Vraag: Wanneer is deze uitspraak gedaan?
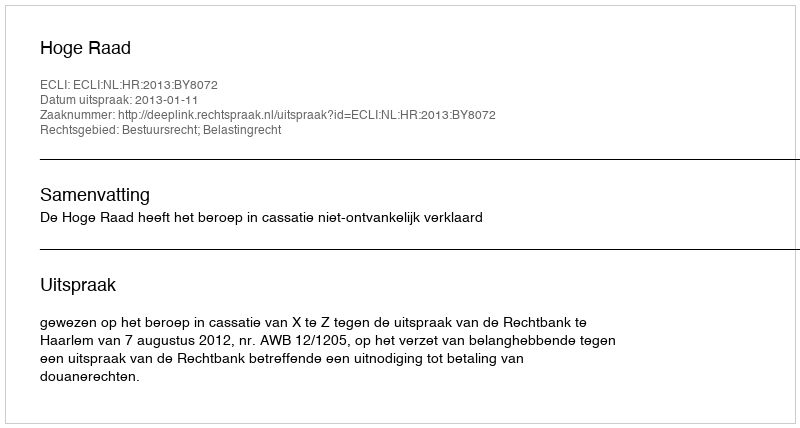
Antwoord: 2013-01-11